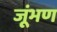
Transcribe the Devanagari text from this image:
जूंभण